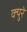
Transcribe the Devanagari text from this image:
क्युरे